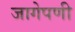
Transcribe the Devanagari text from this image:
जागेपणी